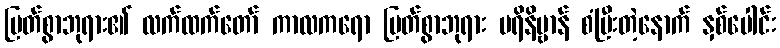
မြတ်စွာဘုရား၏ လက်ထက်တော် ကာလကရော မြတ်စွာဘုရား ပရိနိဗ္ဗာန် စံပြီးတဲ့နောက် နှစ်ပေါင်း